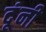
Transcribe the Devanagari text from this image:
दूंनी